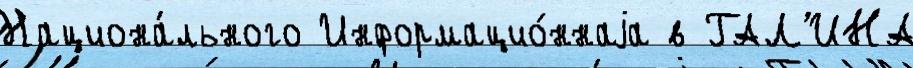
Национа́льного Информацио́ннаjа в ГАЛ'ИНА